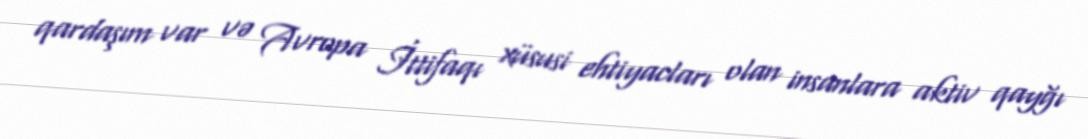
qardaşım var və Avropa İttifaqı xüsusi ehtiyacları olan insanlara aktiv qayğı